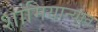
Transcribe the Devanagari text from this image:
शामियान्यात